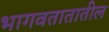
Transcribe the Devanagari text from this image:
भागवतातातील